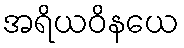
အရိယဝိနယေ